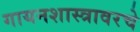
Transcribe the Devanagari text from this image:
गायनशास्त्रावरचे